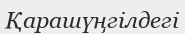
Қарашүңгілдегі